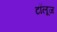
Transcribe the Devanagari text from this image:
टॉलूज